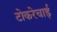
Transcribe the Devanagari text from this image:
टोकरेचाई